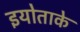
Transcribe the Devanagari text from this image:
इयोताके